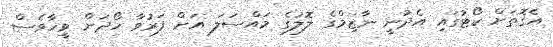
އެގޮތަށް ކޯޓުގައި އެދުނީ ނާޒިމްގެ ލޮލުގެ މައްސަލަ އަށް ފަރުވާ ހޯދަން ވީހާވެސް